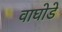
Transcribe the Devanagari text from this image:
वाघोडे